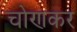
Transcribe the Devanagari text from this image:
चोणकर